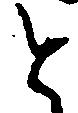
と